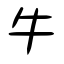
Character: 牛